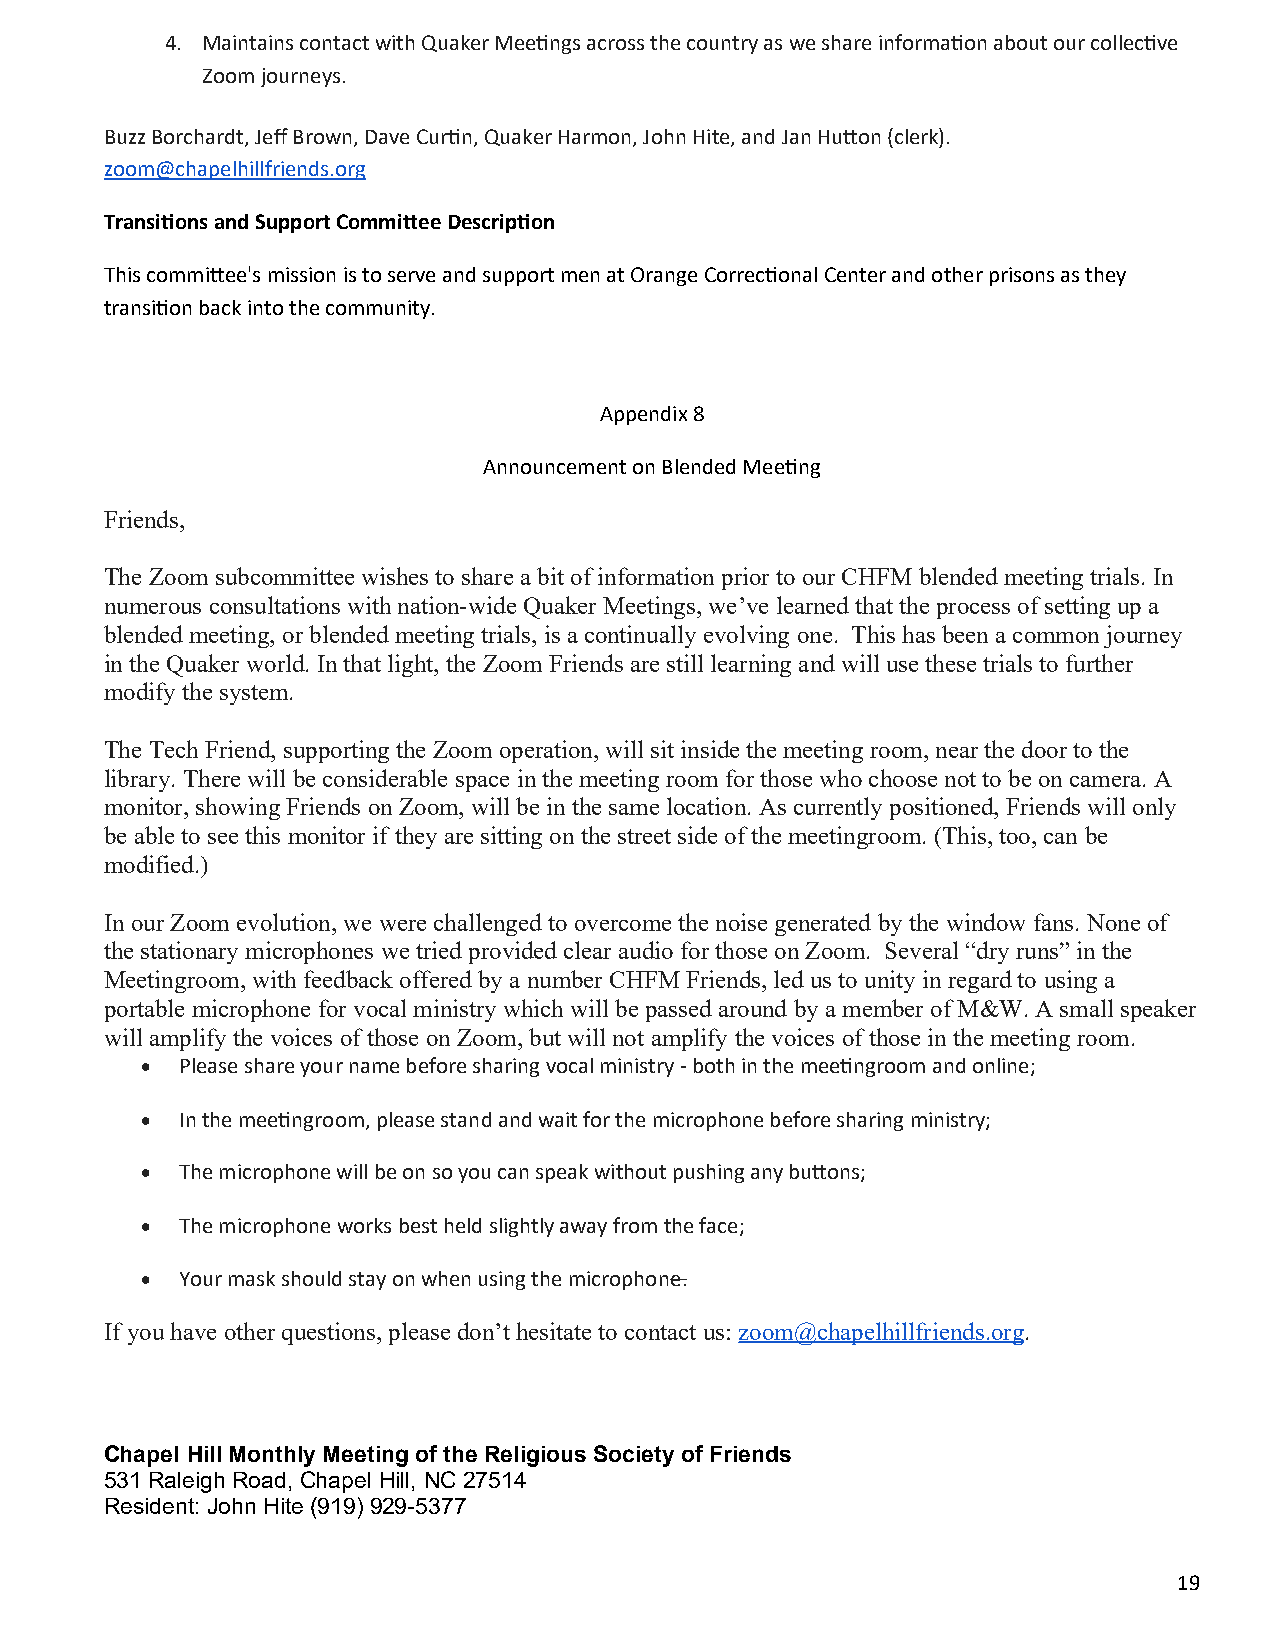
4. Maintains contact with Quaker Meetings across the country as we share information about our collective
 Zoom journeys.
 Buzz Borchardt, Jeff Brown, Dave Curtin, Quaker Harmon, John Hite, and Jan Hutton (clerk).
 zoom@chapelhillfriends.org
 Transitions and Support Committee Description
 This committee's mission is to serve and support men at Orange Correctional Center and other prisons as they
 transition back into the community.
 Appendix 8
 Announcement on Blended Meeting
 Friends,
 The Zoom subcommittee wishes to share a bit of information prior to our CHFM blended meeting trials. In
 numerous consultations with nation-wide Quaker Meetings, we’ve learned that the process of setting up a
 blended meeting, or blended meeting trials, is a continually evolving one. This has been a common journey
 in the Quaker world. In that light, the Zoom Friends are still learning and will use these trials to further
 modify the system.
 The Tech Friend, supporting the Zoom operation, will sit inside the meeting room, near the door to the
 library. There will be considerable space in the meeting room for those who choose not to be on camera. A
 monitor, showing Friends on Zoom, will be in the same location. As currently positioned, Friends will only
 be able to see this monitor if they are sitting on the street side of the meetingroom. (This, too, can be
 modified.)
 In our Zoom evolution, we were challenged to overcome the noise generated by the window fans. None of
 the stationary microphones we tried provided clear audio for those on Zoom. Several “dry runs” in the
 Meetingroom, with feedback offered by a number CHFM Friends, led us to unity in regard to using a
 portable microphone for vocal ministry which will be passed around by a member of M&W. A small speaker
 will amplify the voices of those on Zoom, but will not amplify the voices of those in the meeting room.
   Please share your name before sharing vocal ministry - both in the meetingroom and online;
   In the meetingroom, please stand and wait for the microphone before sharing ministry;
   The microphone will be on so you can speak without pushing any buttons;
   The microphone works best held slightly away from the face;
   Your mask should stay on when using the microphone.
 If you have other questions, please don’t hesitate to contact us: zoom@chapelhillfriends.org.
 Chapel Hill Monthly Meeting of the Religious Society of Friends
 531 Raleigh Road, Chapel Hill, NC 27514
 Resident: John Hite (919) 929-5377
 19